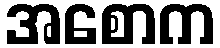
အစောက